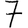
Digit: 7